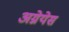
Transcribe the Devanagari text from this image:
अग्नेयेस